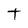
Character: t